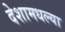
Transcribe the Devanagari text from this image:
देशामधल्या